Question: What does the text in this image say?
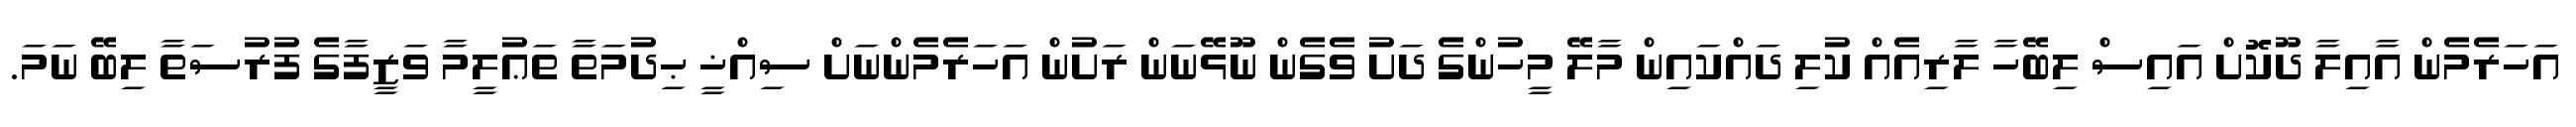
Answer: އަހަރެމެން އާއިލާ ދޫކޮށް އައިސް ލިބޭހާ ލާރިއެއް ކުލި ދައްކައިން މާލޭ މީހުންގެ ދަށު ވެގެން ނޫޅޭނަން ރަށުން އަހަރެމެންނަށް ސިއްޚީ ޙިދުމަތާ ތަޢުލީމާ ވަޒީފާގެ ފުރުސަތާ ލިބޭ ނަމަ.